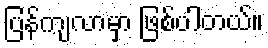
ပြန်ကျလာမှာ ဖြစ်ပါတယ်။